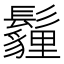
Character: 𩯬